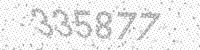
Solution: 335877